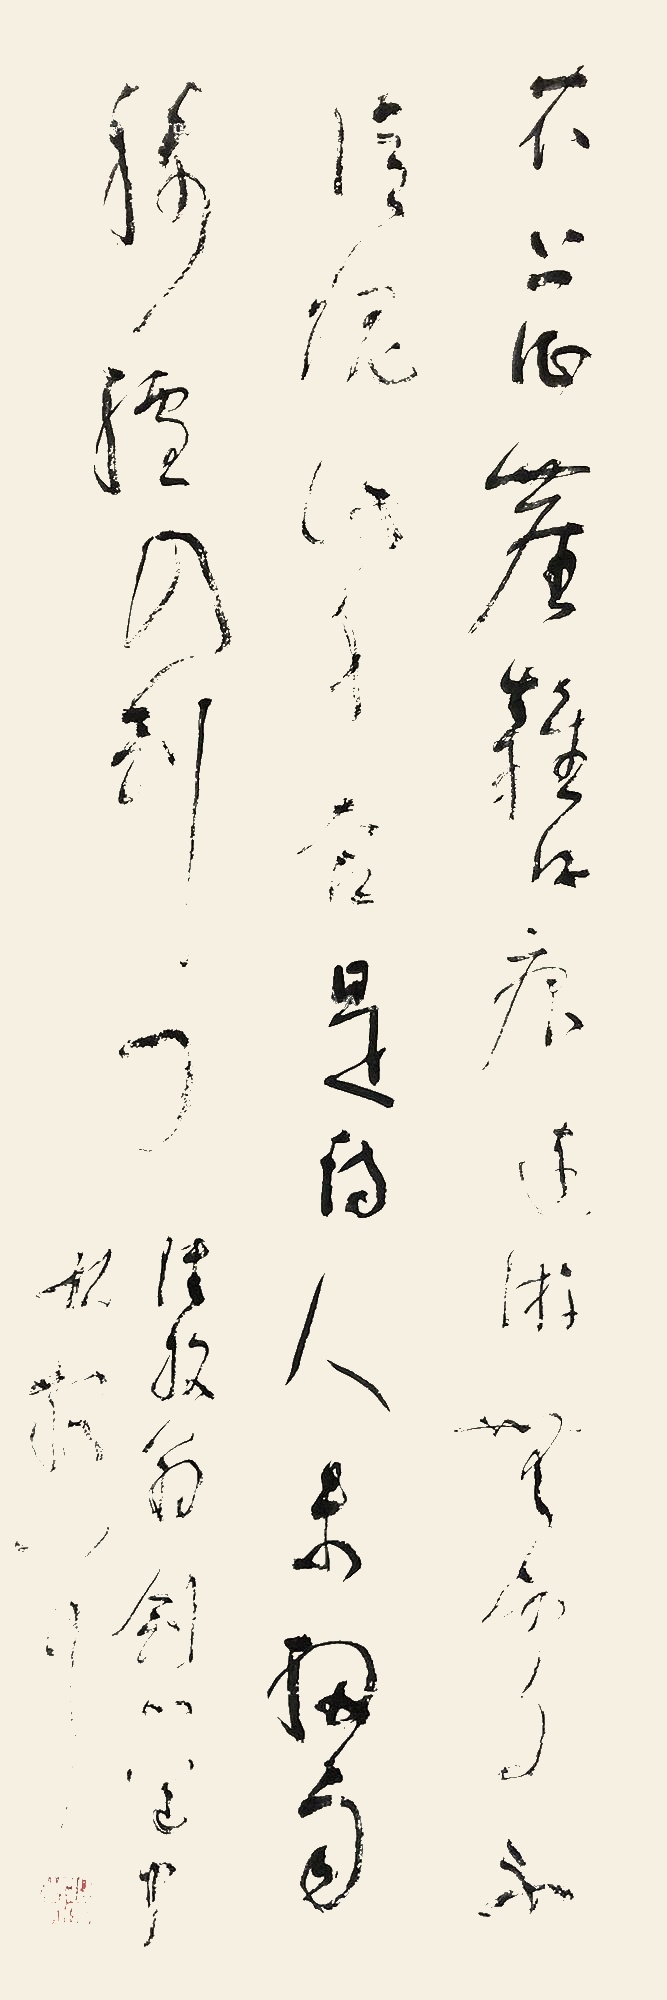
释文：衣上征尘杂酒痕，远游无处不消魂。此身合是诗人未？细雨骑驴入剑门。陆放翁《剑门道中》，林散耳。